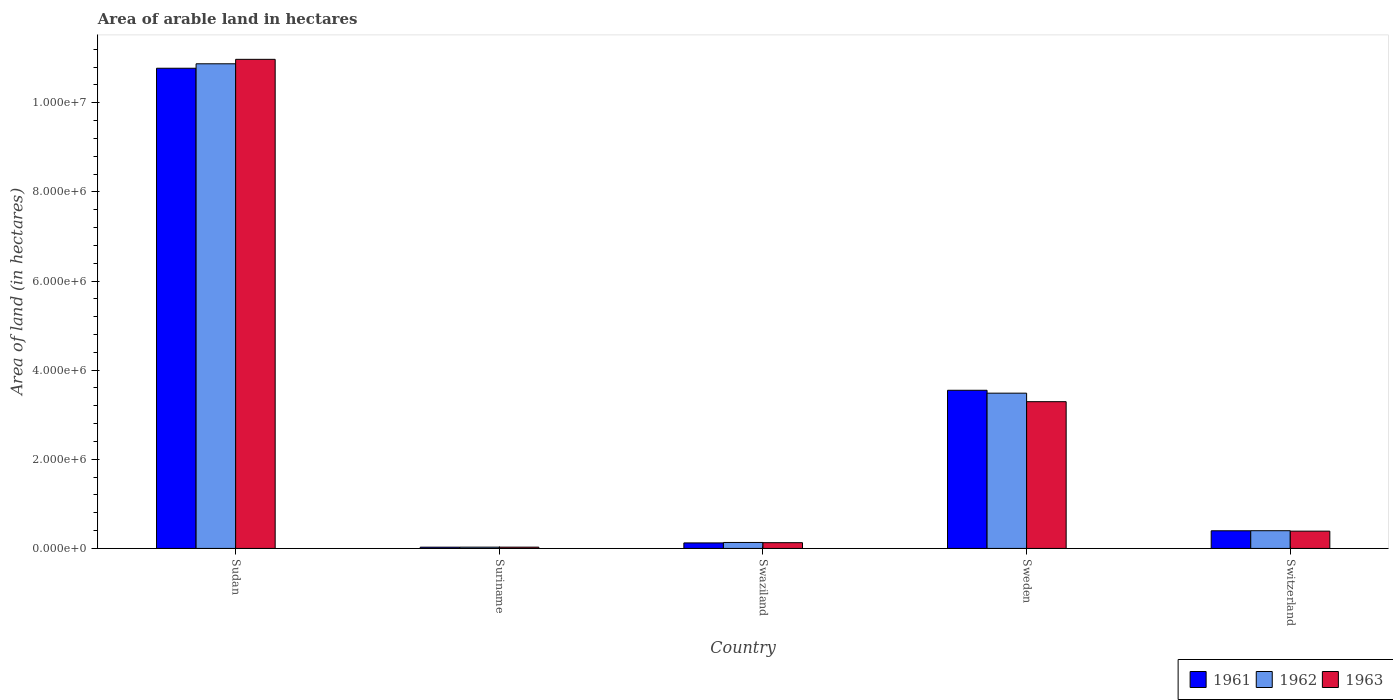
| Country | 1961 | 1962 | 1963 |
 | --- | --- | --- | --- |
 | Sudan | 1.08e+07 | 1.09e+07 | 1.1e+07 |
 | Suriname | 2.8e+04 | 2.9e+04 | 2.9e+04 |
 | Swaziland | 1.24e+05 | 1.34e+05 | 1.29e+05 |
 | Sweden | 3.55e+06 | 3.48e+06 | 3.29e+06 |
 | Switzerland | 3.96e+05 | 3.98e+05 | 3.88e+05 |